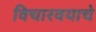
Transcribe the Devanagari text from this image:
विचारवयाचे